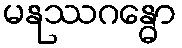
မနုဿဂန္ဓော